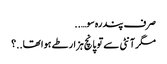
صرف پندرہ سو…..
مگر آنٹی سے تو پانچ ہزار طے ہوا تھا..؟